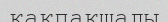
қақпақшалы